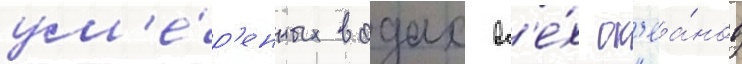
ум'е́р'енных водах вс'е́х ок'еа́нов